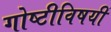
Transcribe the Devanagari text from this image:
गोष्टीविषयीं